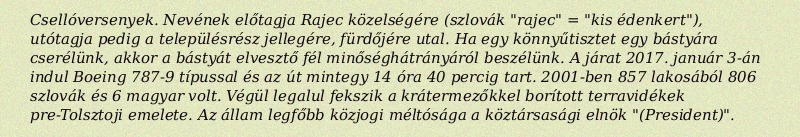
Csellóversenyek. Nevének előtagja Rajec közelségére (szlovák "rajec" = "kis édenkert"), utótagja pedig a településrész jellegére, fürdőjére utal. Ha egy könnyűtisztet egy bástyára cserélünk, akkor a bástyát elvesztő fél minőséghátrányáról beszélünk. A járat 2017. január 3-án indul Boeing 787-9 típussal és az út mintegy 14 óra 40 percig tart. 2001-ben 857 lakosából 806 szlovák és 6 magyar volt. Végül legalul fekszik a krátermezőkkel borított terravidékek pre-Tolsztoji emelete. Az állam legfőbb közjogi méltósága a köztársasági elnök "(President)".